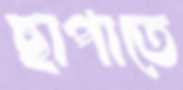
ছাপাতে